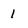
Character: 1